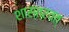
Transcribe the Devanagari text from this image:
शास्त्रवत्‌